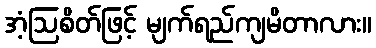
အံ့ဩစိတ်ဖြင့် မျက်ရည်ကျမိတာလား။